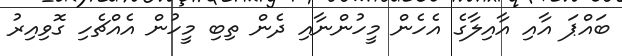
ބައްޕަ އާއި އާއިލާގެ އެހެން މީހުންނާއި ދެން ތިބި މީހުން އެއްޗެހި ގޮވިއިރު